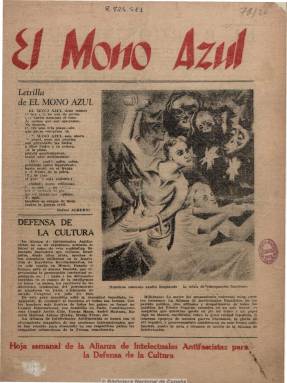
Título: El Mono azul
Colección: Guerra civil || Literatura
Ámbito geográfico: Madrid
Lugar de publicación: Madrid
Fechas: 01/01/1936-09/12/1937

Una de las principales publicaciones de carácter cultural, intelectual y artístico editadas durante la Guerra Civil española, que en realidad es una hoja suelta y “volandera” con el formato de un periódico. Se subtituló como “hoja semanal de la Alianza de Intelectuales Antifascista para la Defensa de la Cultura”, y aunque tuvo esta periodicidad durante los dos primeros años, y desde mayo a diciembre de 1937 incrustada los jueves en el diario madrileño La Voz, entre 1938 y 1939 la tuvo mensual.

El coordinador de la revista más combativa de los intelectuales durante la contienda, a la que se le quiso dar un carácter popular y que desplegó una gran labor propagandística durante la defensa de Madrid realzando la labor en las trincheras, fue el poeta Rafael Alberti, pero también se dan como responsables de la misma a María Teresa de León, José Bergamín, Rafael Dieste, Lorenzo Varela, Antonio R. Luna, Arturo Souto y Vicente Salas Viu.

Se trata de una publicación que trató de comprometer a los intelectuales españoles con la causa republicana, así como dar a conocer a los extranjeros que la apoyaban. Abarcó todos los géneros literarios y periodísticos, con artículos políticos y de crítica literaria, editoriales, documentos, narraciones, noticias teatrales, composiciones poéticas, fotografías o ilustraciones, como las del propio Alberti o las de Pablo Picasso.

Prácticamente participan en ella todos los intelectuales adheridos a la causa republicana, además de los ya citados, cabe mencionar a Miguel Hernández, Vicente Aleixandre, Vicente Huidobro, Luis Cernuda, Antonio Machado, Corpus Barga, León Felipe, Rosa Chacel, Emilio Prados, Octavio Paz, César Vallejo, Juan Gil-Albert, Tomás Navarro Tomás, Pablo Neruda, Rosario del Olmo o Ramón J. Sender, entre otros muchos.

La colección consta de 47 números y fue reeditada en facsímil en 1975, con un estudio de Michel García.